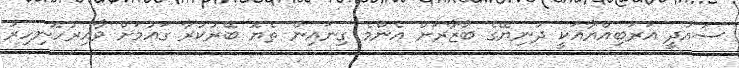
ސައުދީ އަރަބިއްޔާއަކީ ދުނިޔޭގެ ބާޒާރަށް އެންމެ ގިނައިން ތެޔޮ ބޭރުކުރާ ގައުމަށް ވާއިރުހޮނިހިރު